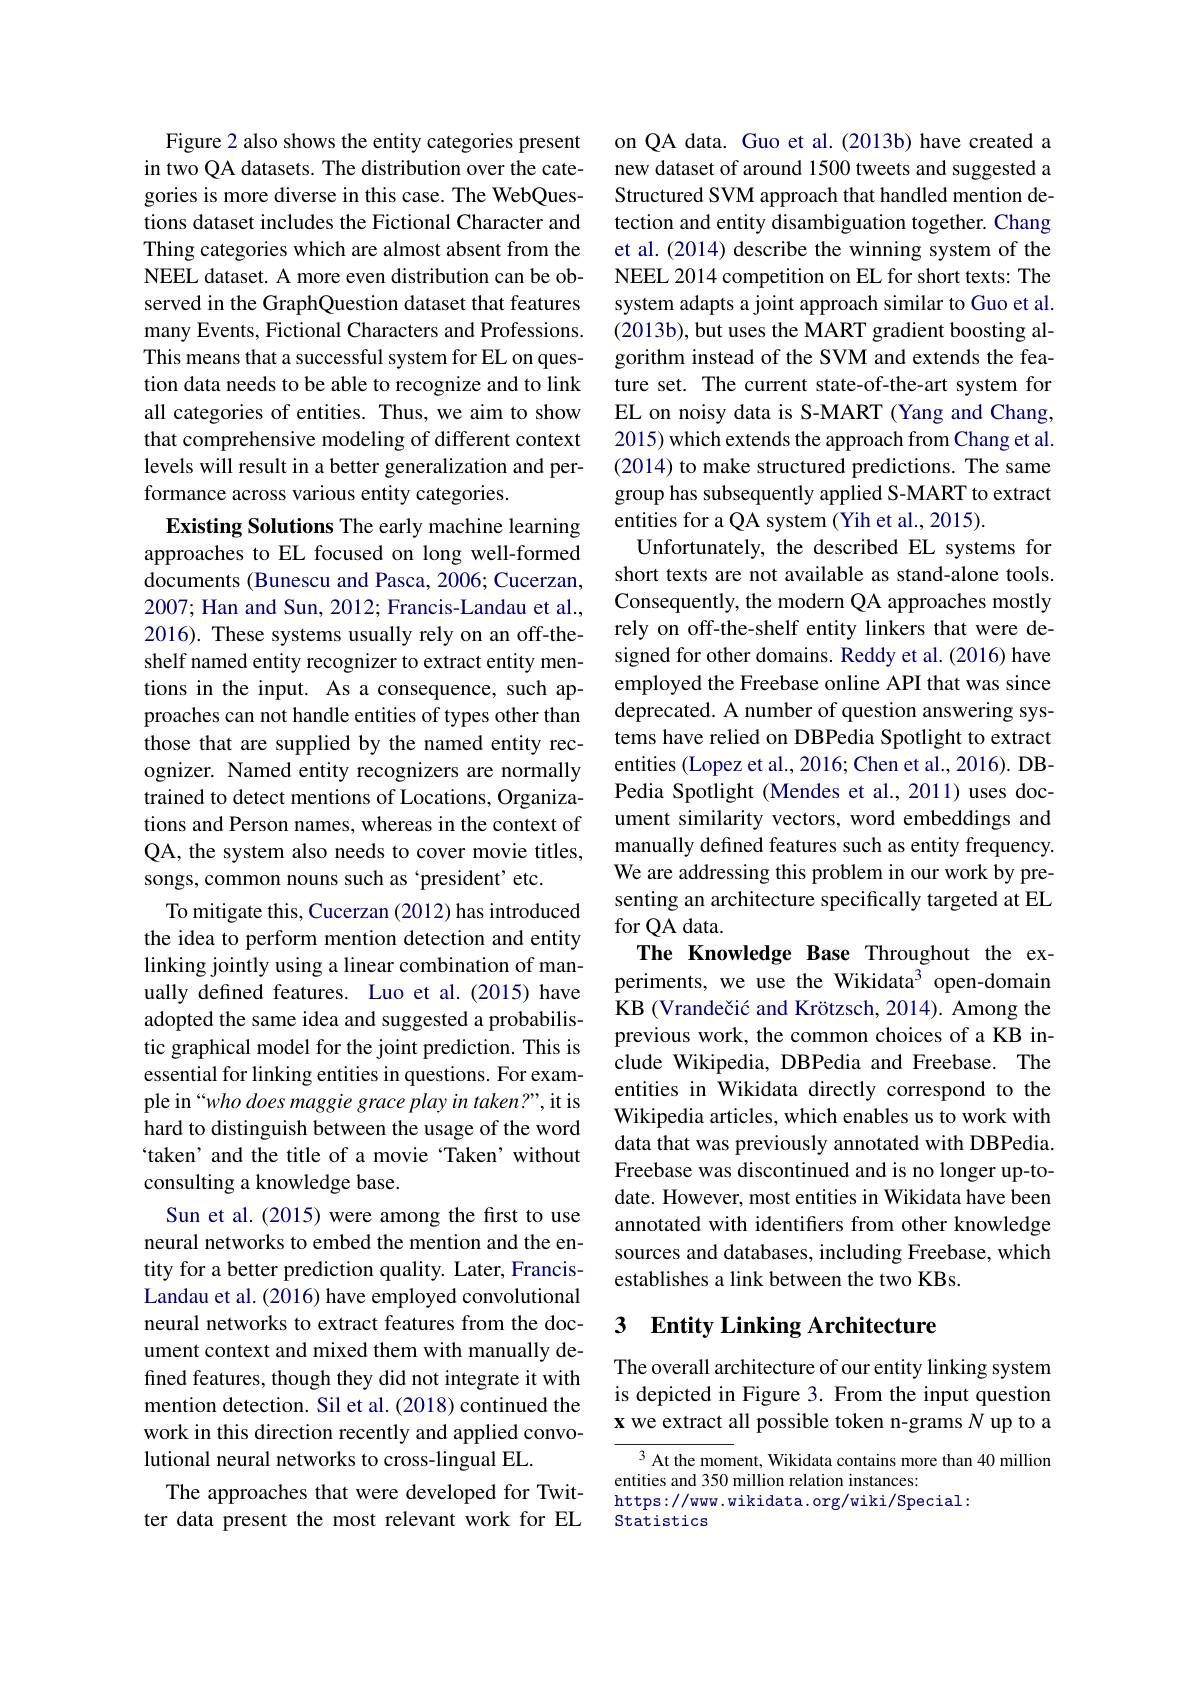
Figure 2 also shows the entity categories present in two QA datasets. The distribution over the categories is more diverse in this case. The WebQuestions dataset includes the Fictional Character and Thing categories which are almost absent from the NEEL dataset. A more even distribution can be observed in the GraphQuestion dataset that features many Events, Fictional Characters and Professions. This means that a successful system for EL on question data needs to be able to recognize and to link all categories of entities. Thus, we aim to show that comprehensive modeling of different context levels will result in a better generalization and performance across various entity categories.
Existing Solutions The early machine learning approaches to EL focused on long well-formed documents (Bunescu and Pasca, 2006; Cucerzan, 2007; Han and Sun, 2012; Francis-Landau et al., 2016). These systems usually rely on an off-theshelf named entity recognizer to extract entity mentions in the input. As a consequence, such approaches can not handle entities of types other than those that are supplied by the named entity recognizer. Named entity recognizers are normally trained to detect mentions of Locations, Organizations and Person names, whereas in the context of QA, the system also needs to cover movie titles, songs, common nouns such as 'president' etc.
To mitigate this, Cucerzan (2012) has introduced the idea to perform mention detection and entity linking jointly using a linear combination of manually defined features. Luo et al.(2015) have adopted the same idea and suggested a probabilistic graphical model for the joint prediction. This is essential for linking entities in questions. For example in“who does maggie grace play in taken?”, it is hard to distinguish between the usage of the word `taken' and the title of a movie ‘Taken’ without consulting a knowledge base.
Sun et al. (2015) were among the first to use neural networks to embed the mention and the entity for a better prediction quality. Later, FrancisLandau et al. (2016) have employed convolutional neural networks to extract features from the document context and mixed them with manually defined features, though they did not integrate it with mention detection. Sil et al. (2018) continued the work in this direction recently and applied convolutional neural networks to cross-lingual EL.
The approaches that were developed for Twitter data present the most relevant work for EL

on QA data. Guo et al.(2013b) have created a new dataset of around 1500 tweets and suggested a Structured SVM approach that handled mention detection and entity disambiguation together. Chang et al. (2014) describe the winning system of the NEEL 2014 competition on EL for short texts: The system adapts a joint approach similar to Guo et al. (2013b), but uses the MART gradient boosting algorithm instead of the SVM and extends the feature set. The current state-of-the-art system for EL on noisy data is S-MART (Yang and Chang, 2015) which extends the approach from Chang et al. (2014) to make structured predictions. The same group has subsequently applied S-MART to extract entities for a QA system (Yih et al., 2015).
Unfortunately, the described EL systems for short texts are not available as stand-alone tools. Consequently, the modern QA approaches mostly rely on off-the-shelf entity linkers that were designed for other domains. Reddy et al. (2016) have employed the Freebase online API that was since deprecated. A number of question answering systems have relied on DBPedia Spotlight to extract entities (Lopez et al., 2016; Chen et al., 2016). DBPedia Spotlight (Mendes et al., 2011) uses document similarity vectors, word embeddings and manually defined features such as entity frequency. We are addressing this problem in our work by presenting an architecture specifically targeted at EL for QA data.
The Knowledge Base Throughout the experiments, we use the Wikidata$^3$ open-domain KB (Vrandečić and Krötzsch, 2014). Among the previous work, the common choices of a KB include Wikipedia, DBPedia and Freebase. The entities in Wikidata directly correspond to the Wikipedia articles, which enables us to work with data that was previously annotated with DBPedia. Freebase was discontinued and is no longer up-todate. However, most entities in Wikidata have been annotated with identifiers from other knowledge sources and databases, including Freebase, which establishes a link between the two KBs.

## 3 Entity Linking Architecture

The overall architecture of our entity linking system is depicted in Figure 3. From the input question x we extract all possible token n-grams $N$ up to a

$^{3}$ At the moment, Wikidata contains more than 40 million
entities and 350 million relation instances:
https://www. wikidata. org/wiki/Special:
Statistics